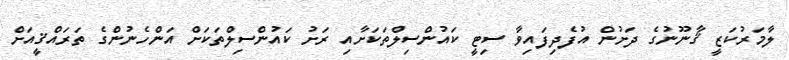
ލާމަރުކަޒީ ޤާނޫނުގެ ދަށުން އުފެދިފައިވާ ސިޓީ ކައުންސިލްތަކަށާއި ރަށު ކައުންސިލްތަކަށް އަންހެނުންގެ ތަރައްޤީއަށް